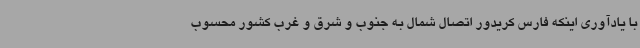
با یادآوری اینکه فارس کریدور اتصال شمال به جنوب و شرق و غرب کشور محسوب